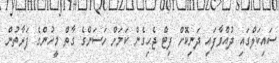
ސައިކަލްގައި ދުއްވާފައި ދަނިކޮށް ފިޓް ޖެހިގެން ކަމަށް ހަސަންގެ ގާތް މީހުންގެ ފަރާތުން